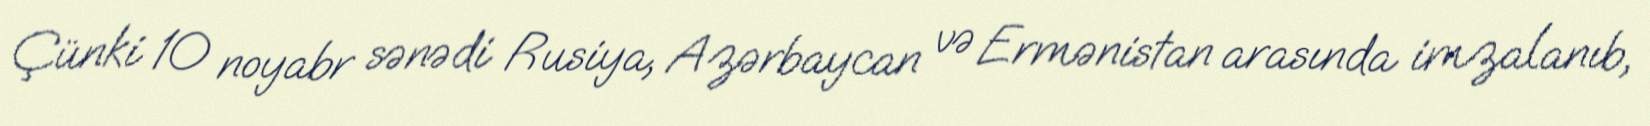
Çünki 10 noyabr sənədi Rusiya, Azərbaycan və Ermənistan arasında imzalanıb,